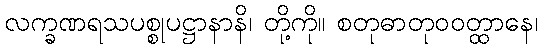
လက္ခဏရသပစ္စုပဋ္ဌာနာနိ၊ တို့ကို။ စတုဓာတုဝဝတ္ထာနေ၊